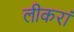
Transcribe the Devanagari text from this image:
लीकरां